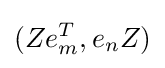
(Ze_{m}^{T},e_{n}Z)